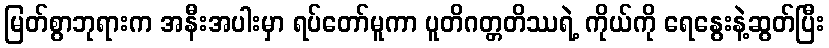
မြတ်စွာဘုရားက အနီးအပါးမှာ ရပ်တော်မူကာ ပူတိဂတ္တတိဿရဲ့ ကိုယ်ကို ရေနွေးနဲ့ဆွတ်ပြီး